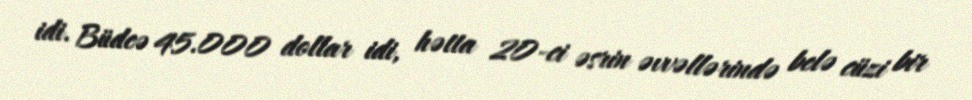
idi. Büdcə 45.000 dollar idi, hətta 20-ci əsrin əvvəllərində belə cüzi bir